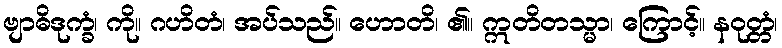
ဗျာဓိဒုက္ခံ၊ ကို။ ဂဟိတံ၊ အပ်သည်။ ဟောတိ၊ ၏။ ဣတိတသ္မာ၊ ကြောင့်။ နဝုတ္တံ၊